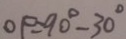
O P = 9 0 ^ { \circ } - 3 0 ^ { \circ }